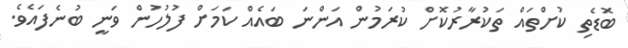
ބޮޑެތި ކުށްތައް ތަކުރާރުކޮށް ކުރަމުން އަންނަ ބައެއް ކަމަށް ފުލުހުން ވަނީ ބުނެފައެވެ.